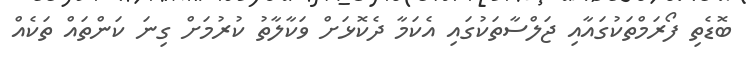
ބޮޑެތި ފޯރަމްތަކުގައާއި ޖަލްސާތަކުގައި އެކަމާ ދެކޮޅަށް ވަކާލާތު ކުރުމަށް ގިނަ ކަންތައް ތަކެއް